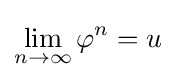
\lim _{n\to \infty }\varphi ^{n}=u